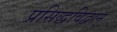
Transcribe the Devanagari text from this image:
प्रसिद्धविद्वान्